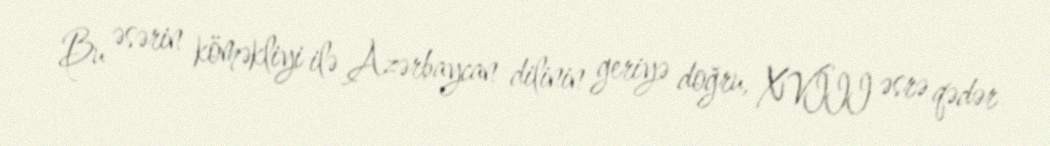
Bu əsərin köməkliyi ilə Azərbaycan dilinin geriyə doğru, XVIII əsrə qədər